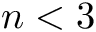
n < 3